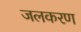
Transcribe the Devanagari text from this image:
जलकरण